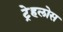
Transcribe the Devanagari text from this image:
ट्रेहलोस